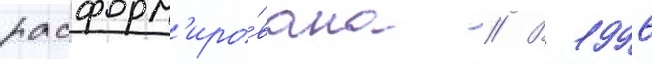
расформ'иро́вана // В 1996